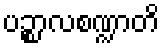
ပဉ္စာလစဏ္ဍာတိ